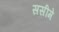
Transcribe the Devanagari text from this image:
ससीमे